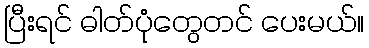
ပြီးရင် ဓါတ်ပုံတွေတင် ပေးမယ်။